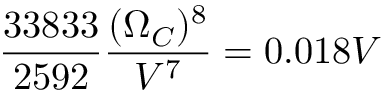
\frac { 3 3 8 3 3 } { 2 5 9 2 } \frac { ( \Omega _ { C } ) ^ { 8 } } { V ^ { 7 } } = 0 . 0 1 8 V